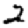
Digit: 2